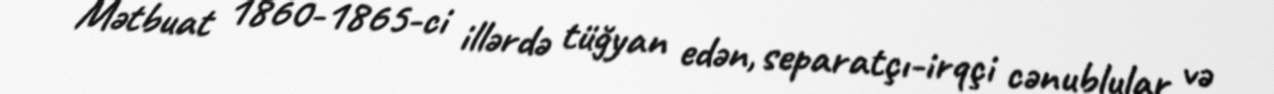
Mətbuat 1860-1865-ci illərdə tüğyan edən, separatçı-irqçi cənublular və